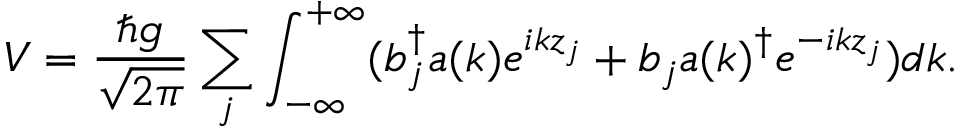
V = \frac { \hbar g } { \sqrt { 2 \pi } } \sum _ { j } \int _ { - \infty } ^ { + \infty } ( b _ { j } ^ { \dag } a { ( k ) } e ^ { i k z _ { j } } + b _ { j } a { ( k ) } ^ { \dag } e ^ { - i k z _ { j } } ) d k .